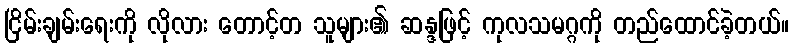
ငြိမ်းချမ်းရေးကို လိုလား တောင့်တ သူများ၏ ဆန္ဒဖြင့် ကုလသမဂ္ဂကို တည်ထောင်ခဲ့တယ်။